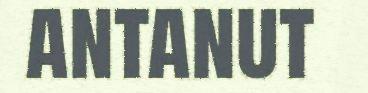
antanut